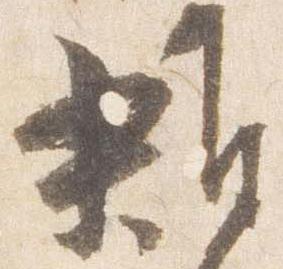
雑